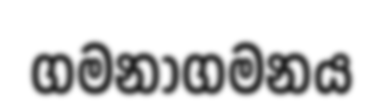
ගමනාගමනය